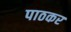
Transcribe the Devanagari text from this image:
पाठकर